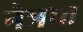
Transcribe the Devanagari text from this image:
नेत्रात